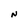
Character: N